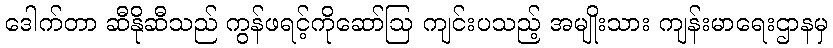
ဒေါက်တာ ဆီနိုဆီသည် ကွန်ဖရင့်ကိုဆော်ဩ ကျင်းပသည့် အမျိုးသား ကျန်းမာရေးဌာနမှ